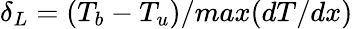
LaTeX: \delta_{L}=(T_{b}-T_{u})/max(dT/dx)